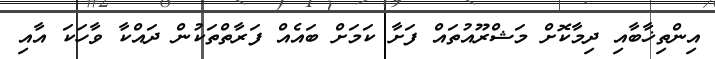
އިންތިޚާބާއި ދިމާކޮށް މަޝްރޫއުތައް ފަށާ ކަމަށް ބައެއް ފަރާތްތަކުން ދައްކާ ވާހަކަ އާއި